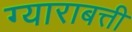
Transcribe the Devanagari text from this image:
ग्याराबत्ती